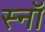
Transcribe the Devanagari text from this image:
स्नॉ